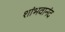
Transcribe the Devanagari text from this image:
शांभवानंद